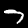
Digit: 7